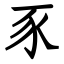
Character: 豕